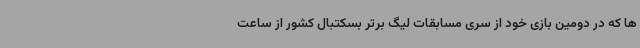
ها که در دومین بازی خود از سری مسابقات لیگ برتر بسکتبال کشور از ساعت